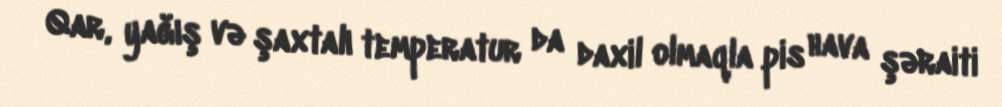
Qar, yağış və şaxtalı temperatur da daxil olmaqla pis hava şəraiti